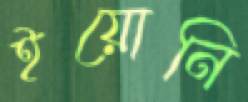
ইয়োনি